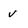
Character: v